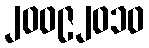
၂၀၀၉၂၀၁၀